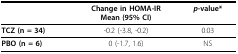
|  | Change in HOMA-IRMean (95% CI) | p-value* |
 | --- | --- | --- |
 | TCZ (n = 34) | -0.2 (-3.8, -0.2) | 0.03 |
 | PBO (n = 6) | 0 (-1.7, 1.6) | NS |